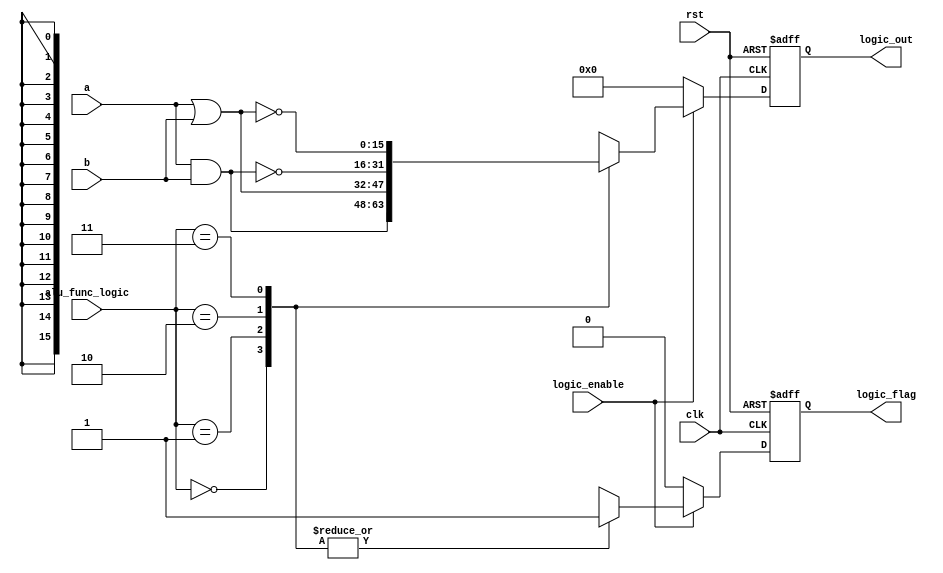
module logic_unit #(
    parameter in_width=16,
    parameter out_width=16
) (
    input wire signed [in_width-1:0]    a,b,
    input wire                          logic_enable,
    input wire        [1:0]             alu_func_logic,
    input wire                          clk,rst,
    output reg                          logic_flag,
    output reg        [out_width-1:0]   logic_out
    
);

reg logic_flag_comp;
reg [out_width-1:0] logic_out_comp;

always @(posedge clk , negedge rst) begin
        if (!rst)
        begin
            logic_out<=0;
            logic_flag<=0;
        end
        else if(clk) begin
            logic_out<=logic_out_comp;
            logic_flag<=logic_flag_comp;
        end
        else begin
            logic_out<=logic_out;
            logic_flag<=logic_flag;
        end
    end

    always @(*) begin
        logic_out_comp  =0  ;
        logic_flag_comp =0 ;
        if(logic_enable)
        begin
        case (alu_func_logic)
            2'b00:begin
                logic_out_comp=a&b;
                logic_flag_comp=1;
            end 
            2'b01:begin
                logic_out_comp=a|b;
                logic_flag_comp=1;
            end
            2'b10:begin
                logic_out_comp=~(a&b);
                logic_flag_comp=1;
            end 
            2'b11:begin
                logic_out_comp=~(a|b);
                logic_flag_comp=1;
            end
            default: begin
            logic_out_comp  =0  ;
            logic_flag_comp =0 ;
            end
        endcase
        end
        else
        begin
            logic_out_comp  =0  ;
            logic_flag_comp =0 ;
        end
    end


endmodule